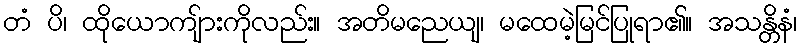
တံ ပိ၊ ထိုယောကျ်ားကိုလည်း။ အတိမညေယျ၊ မထေမဲ့မြင်ပြုရာ၏။ အသန္တိနံ၊